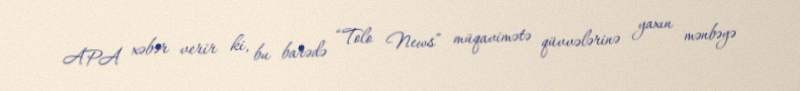
APA xəbər verir ki, bu barədə “Tolo News” müqavimətə qüvvələrinə yaxın mənbəyə